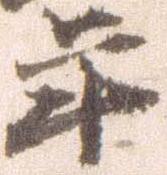
年